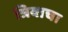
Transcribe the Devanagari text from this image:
त्रिवाचा